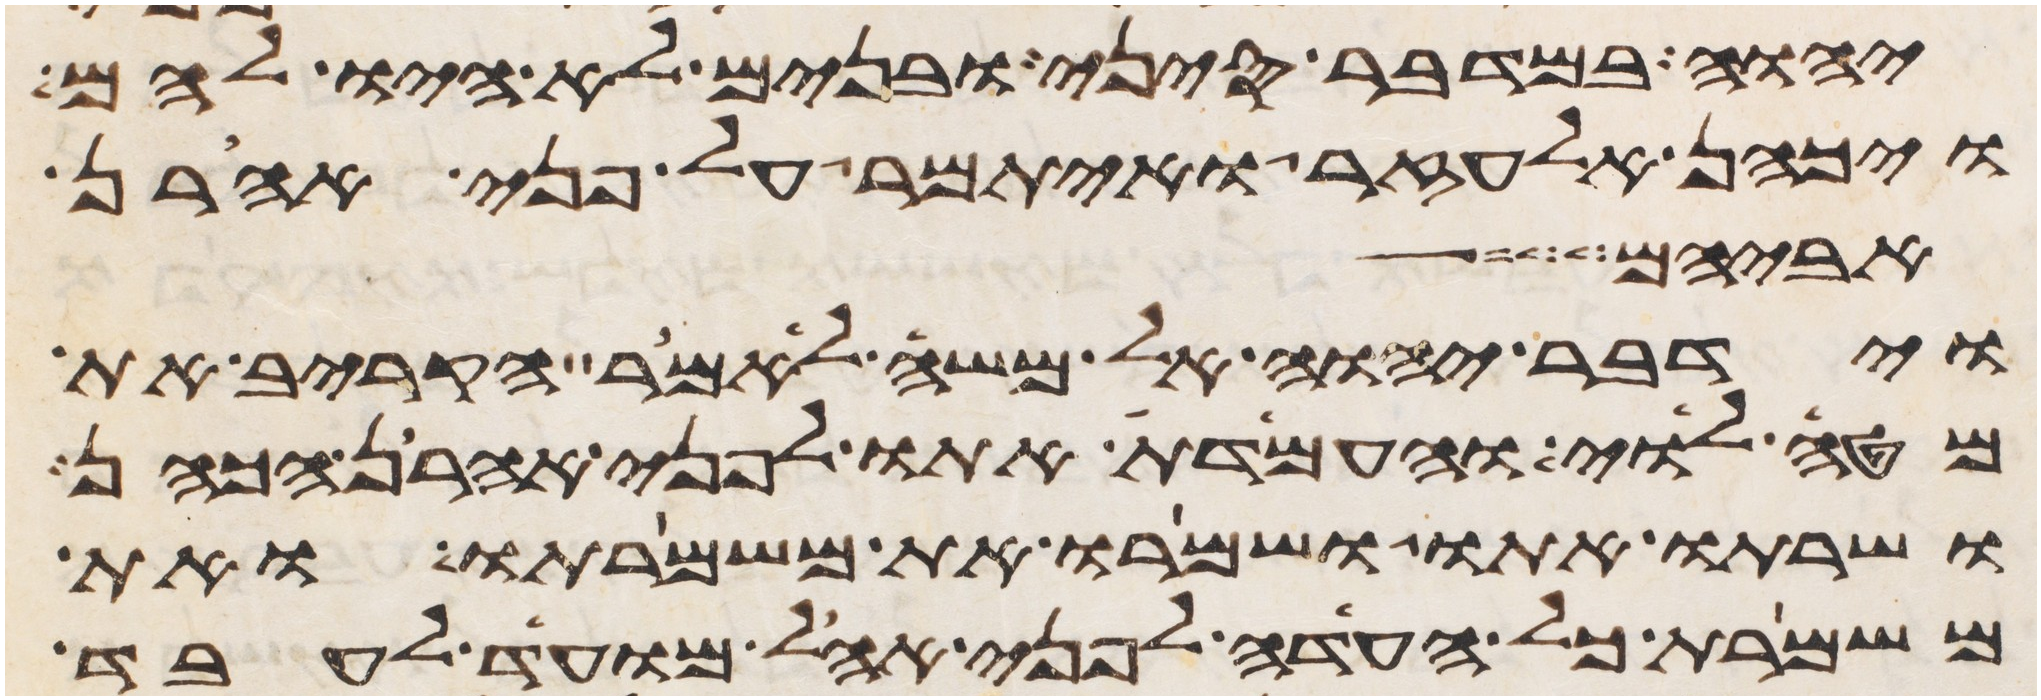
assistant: יהוה במדבר סיני ובנים לא היו להם
ויכהן אלעזר ואיתמר על פני אהרן
אביהם
וידבר יהוה אל משה לאמר הקרב את
מטה לוי והעמדת אתו לפני אהרן הכהן
ושרתו אתו ושמרו את משמרתו ואת
משמרת כל העדה לפני אהל מועד לעבד